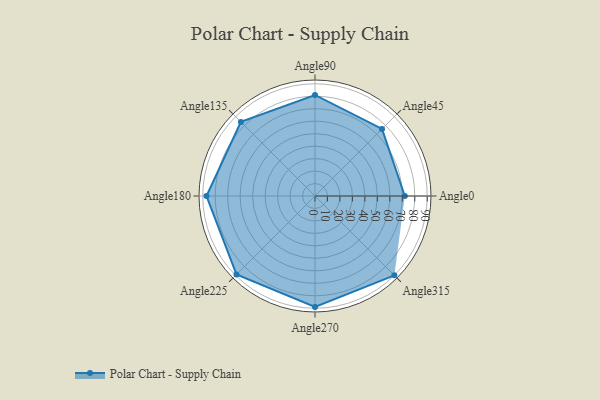
{"axis": {"x": "Angle", "y": "Radius"}, "legend": [""], "data": [{"x": "Angle0", "y": 72.0, "type": ""}, {"x": "Angle45", "y": 76.0, "type": ""}, {"x": "Angle90", "y": 81.0, "type": ""}, {"x": "Angle135", "y": 84.0, "type": ""}, {"x": "Angle180", "y": 87.0, "type": ""}, {"x": "Angle225", "y": 89.0, "type": ""}, {"x": "Angle270", "y": 89.0, "type": ""}, {"x": "Angle315", "y": 90.0, "type": ""}]}